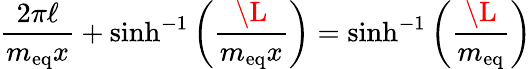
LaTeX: \frac{2\pi\ell}{m_{\mathrm{eq}}x}+\sinh^{-1}\left(\frac\L{m_{\mathrm{eq}}x}\right)=\sinh^{-1}\left(\frac\L{m_{\mathrm{eq}}}\right)